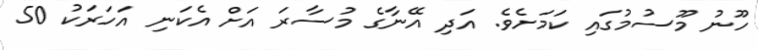
ހޫނު މޫސުމުގައި ކަމަށެވެ. އަދި އޭނާގެ މުސާރަ އަށް އެކަނި އަހަރަކު 50